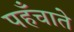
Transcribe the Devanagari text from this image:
पहँचाते